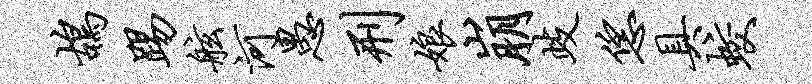
鸪踢舷河愚刑娘崩歧恁具蛟